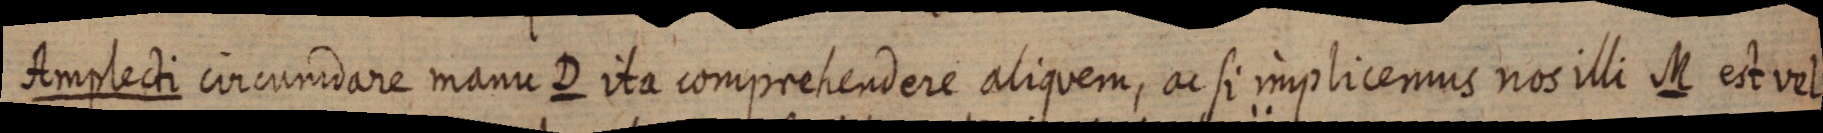
Amplecti circumdare manu D ita comprehendere aliquem, ac si implicemus nos illi M est vel